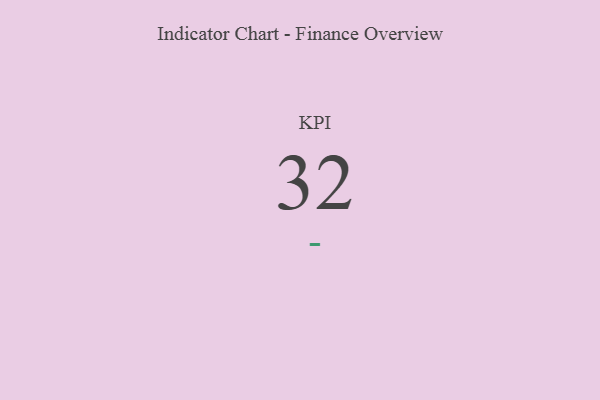
{"axis": {"x": "KPI", "y": "Value"}, "legend": [""], "data": [{"x": "KPI", "y": 32, "type": ""}]}